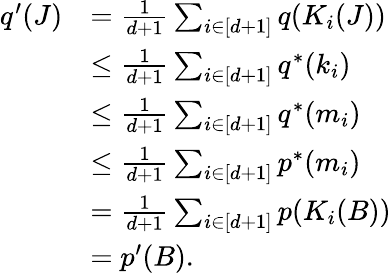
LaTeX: \begin{array}{rl}{q^{\prime}(J)}&{=\frac{1}{d+1}\sum_{i\in[d+1]}q(K_{i}(J))}\\ &{\leq\frac{1}{d+1}\sum_{i\in[d+1]}q^{*}(k_{i})}\\ &{\leq\frac{1}{d+1}\sum_{i\in[d+1]}q^{*}(m_{i})}\\ &{\leq\frac{1}{d+1}\sum_{i\in[d+1]}p^{*}(m_{i})}\\ &{=\frac{1}{d+1}\sum_{i\in[d+1]}p(K_{i}(B))}\\ &{=p^{\prime}(B).}\end{array}